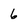
Character: 6